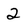
Character: 2